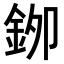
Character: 𮡯